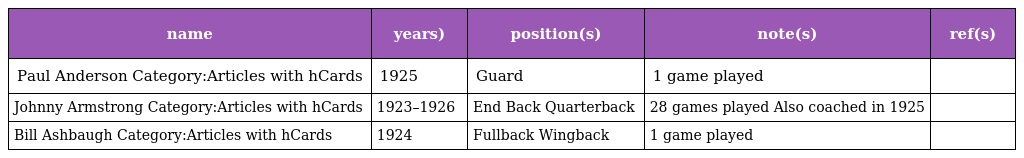
| name | years) | position(s) | note(s) | ref(s) |
 | --- | --- | --- | --- | --- |
 | Paul Anderson Category:Articles with hCards | 1925 | Guard | 1 game played |  |
 | Johnny Armstrong Category:Articles with hCards | 1923–1926 | End Back Quarterback | 28 games played Also coached in 1925 |  |
 | Bill Ashbaugh Category:Articles with hCards | 1924 | Fullback Wingback | 1 game played |  |